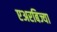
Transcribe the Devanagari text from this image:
एअरबिज्या